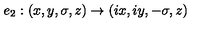
e _ { 2 } : ( x , y , \sigma , z ) \to ( i x , i y , - \sigma , z )